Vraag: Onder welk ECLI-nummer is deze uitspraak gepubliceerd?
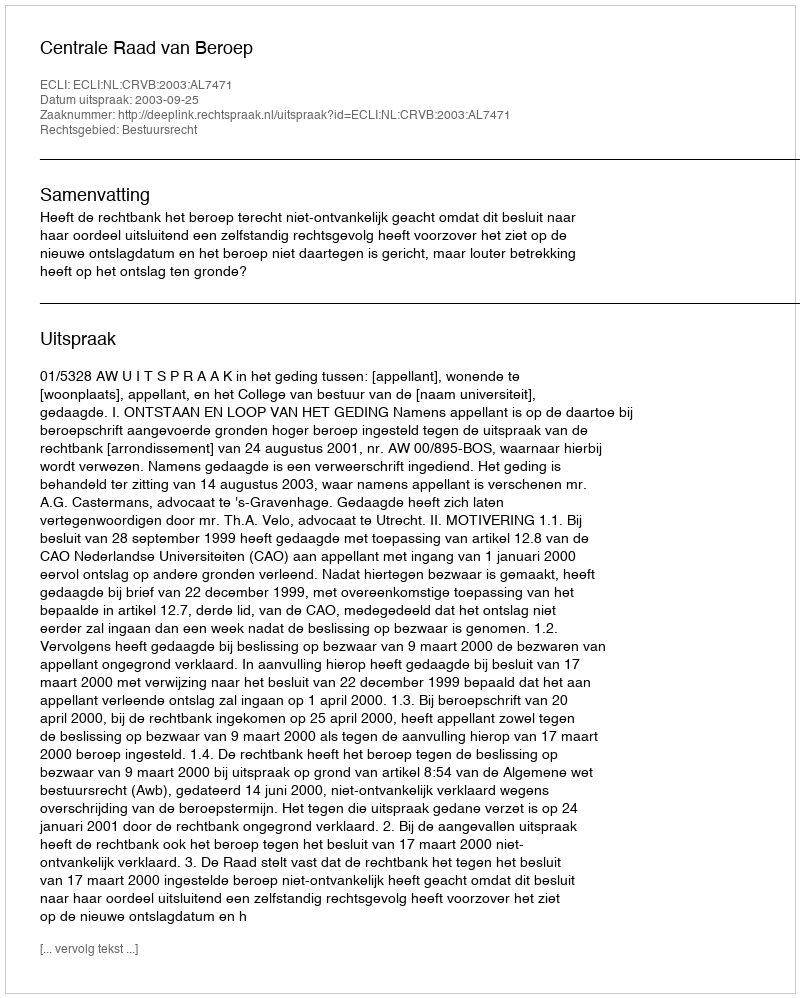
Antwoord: ECLI:NL:CRVB:2003:AL7471